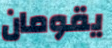
يقومان